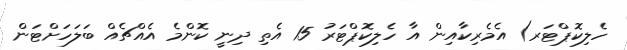
ހެލިކޮޕްޓަރ) އެމެރިކާއިން އާ ހެލިކޮޕްޓަރު 15 އެތި ދިނީ ކޮންމެ އެއްޗެއް ބަލަހަށްޓަން